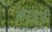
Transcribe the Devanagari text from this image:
बाइर्ं